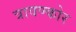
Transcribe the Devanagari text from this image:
त्रावण्कोर